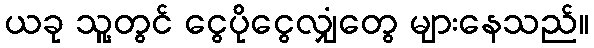
ယခု သူ့တွင် ငွေပိုငွေလျှံတွေ များနေသည်။